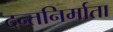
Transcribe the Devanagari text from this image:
दन्तनिर्माता